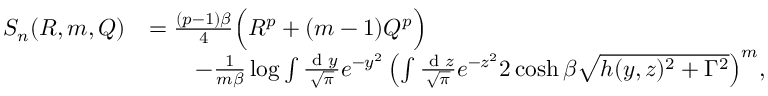
\begin{array} { r l } { S _ { n } ( R , m , Q ) } & { = \frac { ( p - 1 ) \beta } { 4 } \Big ( R ^ { p } + ( m - 1 ) Q ^ { p } \Big ) } \\ & { \qquad - \frac { 1 } { m \beta } \log { \int \frac { \textrm { d } y } { \sqrt { \pi } } e ^ { - y ^ { 2 } } \left( \int \frac { \textrm { d } z } { \sqrt { \pi } } e ^ { - z ^ { 2 } } 2 \cosh { \beta \sqrt { h ( y , z ) ^ { 2 } + \Gamma ^ { 2 } } } \right) ^ { m } } , } \end{array}